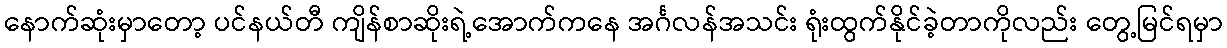
နောက်ဆုံးမှာတော့ ပင်နယ်တီ ကျိန်စာဆိုးရဲ့အောက်ကနေ အင်္ဂလန်အသင်း ရုံးထွက်နိုင်ခဲ့တာကိုလည်း တွေ့မြင်ရမှာ